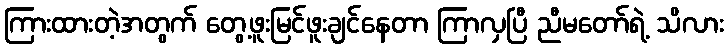
ကြားထားတဲ့အတွက် တွေ့ဖူးမြင်ဖူးချင်နေတာ ကြာလှပြီ ညီမတော်ရဲ့ သိလား